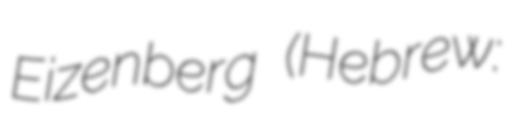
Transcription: Eizenberg (Hebrew: